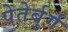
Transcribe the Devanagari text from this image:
पेतेर्बुर्ग